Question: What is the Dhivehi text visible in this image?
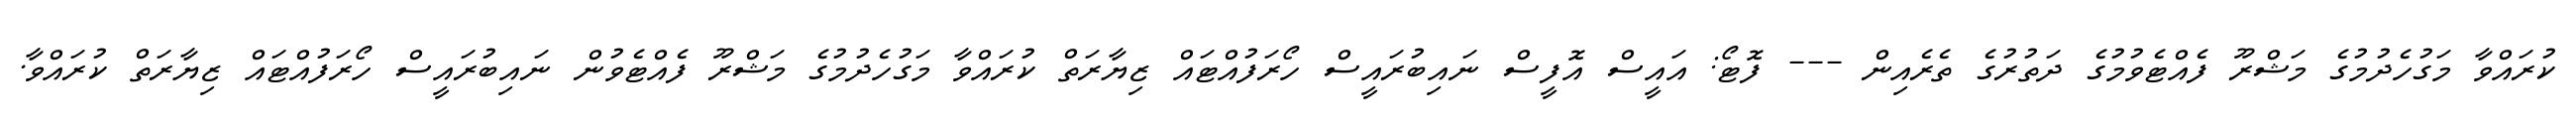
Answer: ކުރައްވާ މަގުހެދުމުގެ މަޝްރޫ ފެއްޓެވުމުގެ ދަތުރުގެ ތެރެއިން --- ފޮޓޯ: އައީސް އޮފީސް ނައިބުރައީސް ހޯރަފުއްޓައް ޒިޔާރަތް ކުރައްވާ މަގުހެދުމުގެ މަޝްރޫ ފެއްޓެވުން ނައިބުރައީސް ހޯރަފުއްޓައް ޒިޔާރަތް ކުރައްވާ.